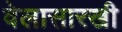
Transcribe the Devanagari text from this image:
वेलासारखी